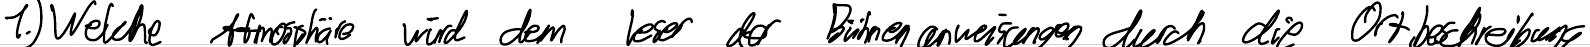
1.) Welche Atmosphäre wird dem Leser der Bühnenanweisungen durch die Ortbeschreibung